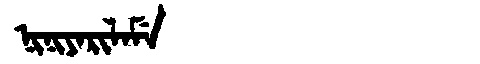
Manchu: ᠨᡳᠨᡳᠶᠠᡵᡳᠯᠠᠮᡝ
Romanization: NINIYARILAME